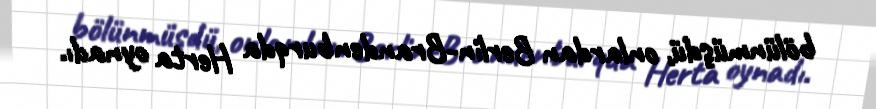
bölünmüşdü, onlardan Berlin-Brandenburqda Herta oynadı.